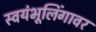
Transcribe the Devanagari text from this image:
स्वयंभूलिंगावर